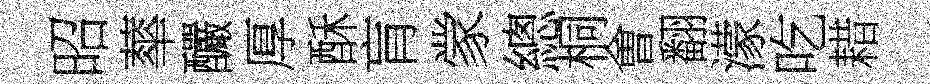
昭蕐釅厚酥肓䝉總桐㑹翻濛吃耤